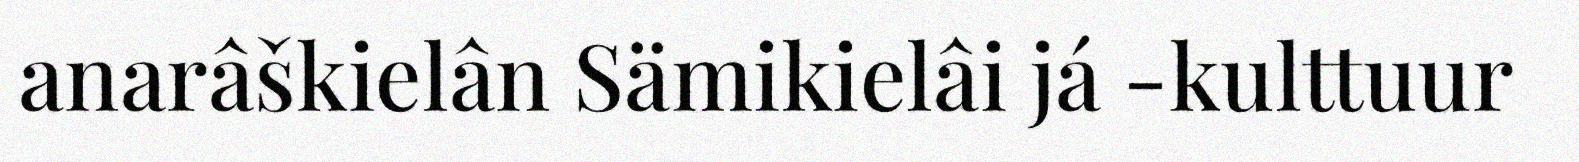
anarâškielân Sämikielâi já -kulttuur